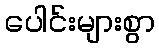
ပေါင်းများစွာ